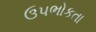
ઉપભોકતા